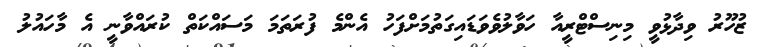
ޒުހޫރު ވިދާޅުވީ މިނިސްޓްރީއާ ހަވާލުވެވަޑައިގަތުމަށްފަހު އެންމެ ފުރަތަމަ މަސައްކަތް ކުރައްވާނީ އެ މާހައުލު